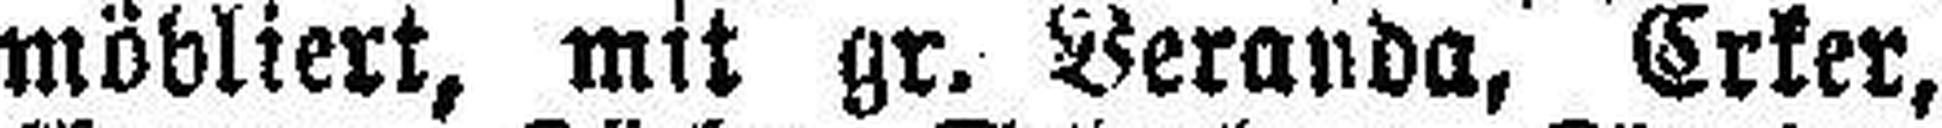
möbliert, mit gr. Veranda, Erker,